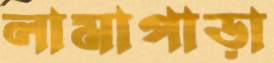
লামাপাড়া